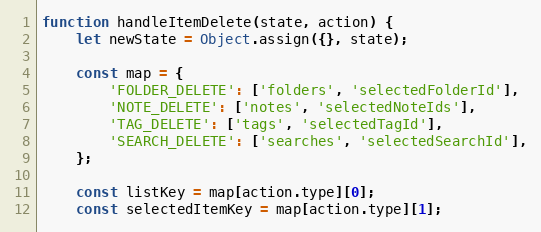
Language: JavaScript
function handleItemDelete(state, action) {
	let newState = Object.assign({}, state);

	const map = {
		'FOLDER_DELETE': ['folders', 'selectedFolderId'],
		'NOTE_DELETE': ['notes', 'selectedNoteIds'],
		'TAG_DELETE': ['tags', 'selectedTagId'],
		'SEARCH_DELETE': ['searches', 'selectedSearchId'],
	};

	const listKey = map[action.type][0];
	const selectedItemKey = map[action.type][1];